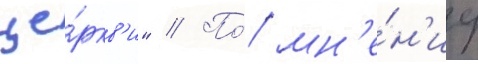
це́ркв'и" // По́ мн'е́н'иу